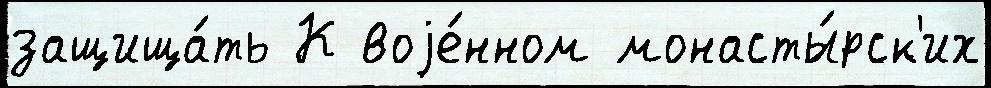
защища́ть К воjе́нном монасты́рск'их